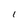
Character: I